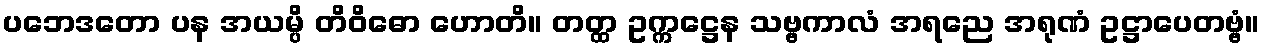
ပဘေဒတော ပန အယမ္ပိ တိဝိဓော ဟောတိ။ တတ္ထ ဥက္ကဋ္ဌေန သဗ္ဗကာလံ အရညေ အရုဏံ ဥဋ္ဌာပေတဗ္ဗံ။